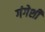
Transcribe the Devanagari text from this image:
गंगेशी